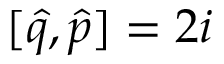
[ \hat { q } , \hat { p } ] = 2 i